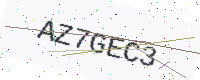
Text: AZ7GEC3